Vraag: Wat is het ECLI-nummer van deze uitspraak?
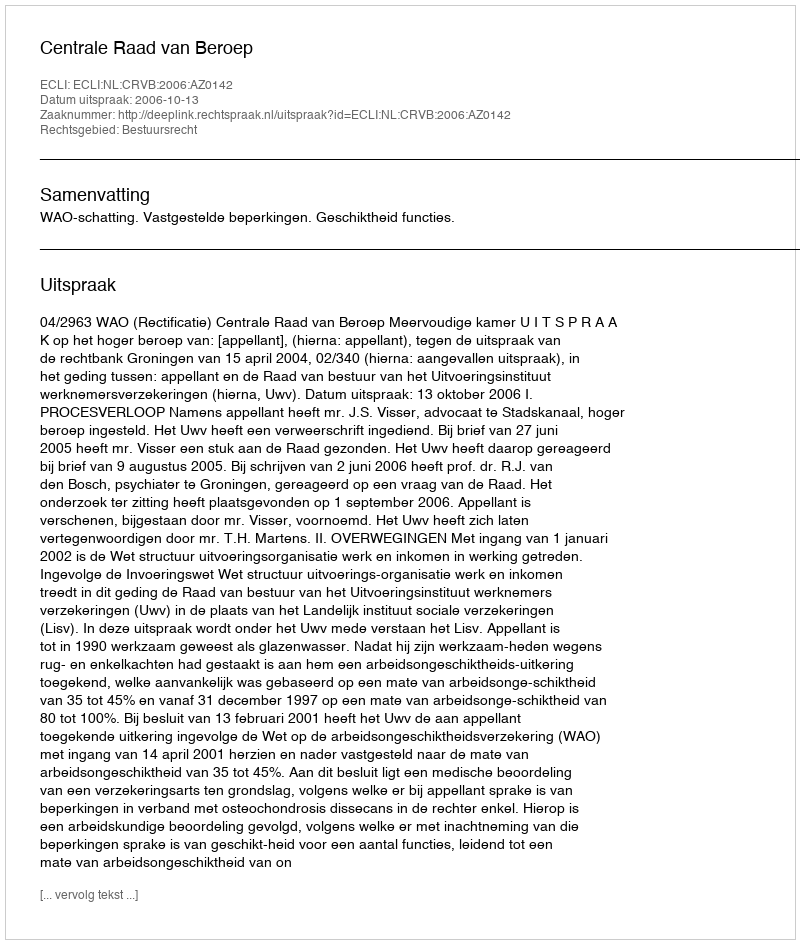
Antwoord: ECLI:NL:CRVB:2006:AZ0142